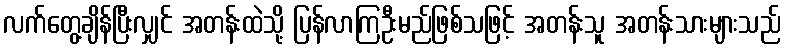
လက်တွေ့ချိန်ပြီးလျှင် အတန်းထဲသို့ ပြန်လာကြဦးမည်ဖြစ်သဖြင့် အတန်းသူ အတန်းသားများသည်